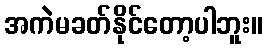
အကဲမခတ်နိုင်တော့ပါဘူး။